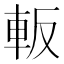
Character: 䡊